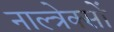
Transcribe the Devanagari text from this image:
नाल्त्रेक्सों